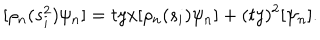
[ \rho _ { n } ( s _ { i } ^ { 2 } ) \psi _ { n } ] = t y x [ \rho _ { n } ( s _ { i } ) \psi _ { n } ] + ( t y ) ^ { 2 } [ \psi _ { n } ] .